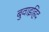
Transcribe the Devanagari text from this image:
बुवाइहिद